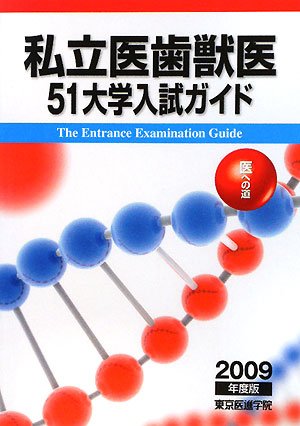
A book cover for Private dentistry veterinary college entrance examination guide 51 - the road to medical <2009 edition> (2008) ISBN: 4881423738 [Japanese Import]; Medical Books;